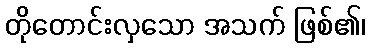
တိုတောင်းလှသော အသက် ဖြစ်၏၊